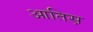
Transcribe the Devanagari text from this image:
आतिस़